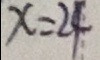
x = 2 4